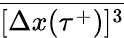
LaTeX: \overline{{[\Delta x(\tau^{+})]^{3}}}